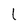
Character: l